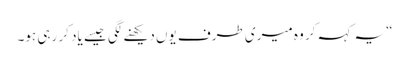
“ یہ کہہ کر وہ میری طرف یوں دیکھنے لگی جیسے یاد کر رہی ہو۔